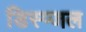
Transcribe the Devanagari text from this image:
डिस्प्जल